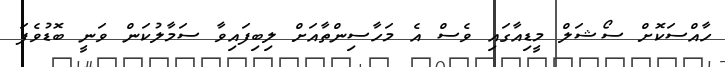
ހާއްސަކޮށް ސޯޝަލް މީޑިއާގައި ވެސް އެ މަހާސިންތާއަށް ލިބިފައިވާ ސަމާލުކަން ވަނީ ބޮޑުވެފަ